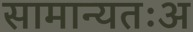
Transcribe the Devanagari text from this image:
सामान्यतःअ